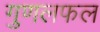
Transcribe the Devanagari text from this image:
गुणलफल